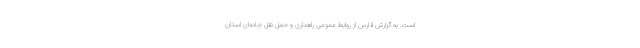
است. به گزارش فارس از روابط عمومی راهداری و حمل نقل جاده‌ای استان